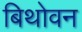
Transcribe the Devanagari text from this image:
बिथोवन